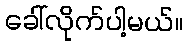
ခေါ်လိုက်ပါ့မယ်။